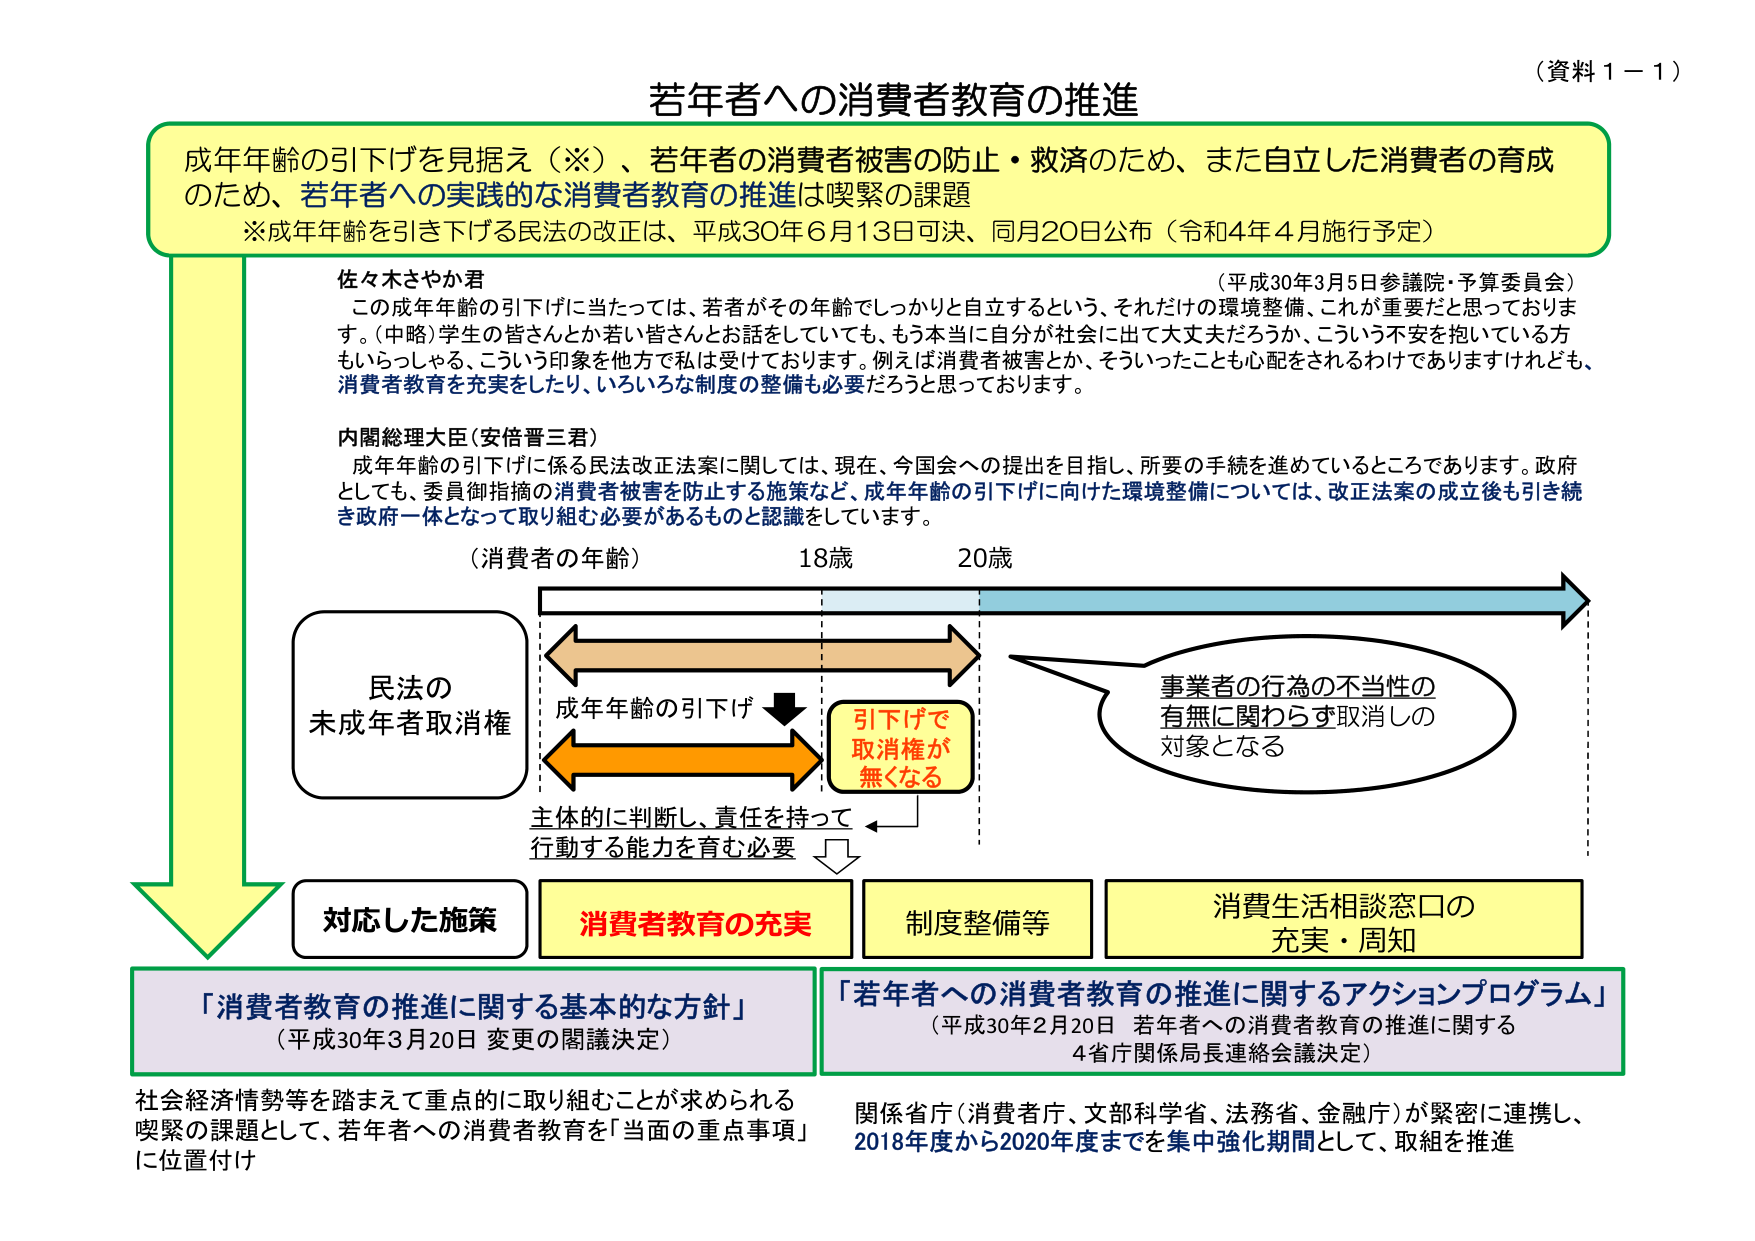
（資料１－１）

若年者への消費者教育の推進

成年年齢の引下げを見据え（※）、若年者の消費者被害の防止・救済のため、また自立した消費者の育成のため、若年者への実践的な消費者教育の推進は喫緊の課題
※成年年齢を引き下げる民法の改正は、平成30年6月13日可決、同月20日公布（令和4年4月施行予定）

佐々木さやか君
（平成30年3月5日参議院・予算委員会）
この成年年齢の引下げに当たっては、若者がその年齢でしっかり自立するという、それだけの環境整備、これが重要だと思っております。（中略）学生の皆さんとか若い皆さんとお話をしていても、もう本当に自分が社会に出て大丈夫だろうか、こういう不安を抱いている方もいらっしゃる、こういう印象を他方で私は受けております。例えば消費者被害とか、そういったことも心配をされるわけでありますけれども、消費者教育を充実したり、いろいろな制度の整備も必要だろうと思っております。

内閣総理大臣（安倍晋三君）
成年年齢の引下げに係る民法改正法案に関しては、現在、今国会への提出を目指し、所要の手続を進めているところであります。政府としても、委員御指摘の消費者被害を防止する施策など、成年年齢の引下げに向けた環境整備については、改正法案の成立後も引き続き政府一体となって取り組む必要があるものと認識をしています。

（消費者の年齢）
18歳　　　　　20歳

民法の
未成年者取消権

成年年齢の引下げ
↓
引下げで
取消権が
無くなる

主体的に判断し、責任を持って
行動する能力を育む必要

事業者の行為の不当性の
有無に関わらず取消しの
対象となる

対応した施策
消費者教育の充実
制度整備等
消費生活相談窓口の
充実・周知

「消費者教育の推進に関する基本的な方針」
（平成30年3月20日 変更の閣議決定）

「若年者への消費者教育の推進に関するアクションプログラム」
（平成30年2月20日 若年者への消費者教育の推進に関する
4省庁関係局長連絡会議決定）

社会経済情勢等を踏まえて重点的に取り組むことが求められる
喫緊の課題として、若年者への消費者教育を「当面の重点事項」
に位置付け

関係省庁（消費者庁、文部科学省、法務省、金融庁）が緊密に連携し、
2018年度から2020年度までを集中強化期間として、取組を推進